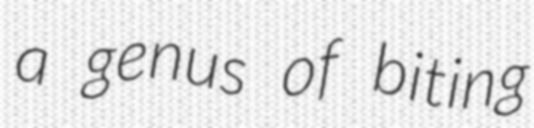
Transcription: a genus of biting